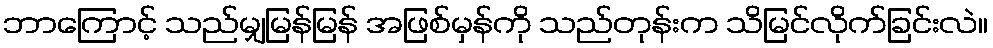
ဘာကြောင့် သည်မျှမြန်မြန် အဖြစ်မှန်ကို သည်တုန်းက သိမြင်လိုက်ခြင်းလဲ။